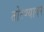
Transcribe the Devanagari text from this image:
तोरण्यावर